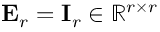
\mathbf { E } _ { r } = \mathbf { I } _ { r } \in \mathbb { R } ^ { r \times r }